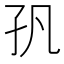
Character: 𭒺